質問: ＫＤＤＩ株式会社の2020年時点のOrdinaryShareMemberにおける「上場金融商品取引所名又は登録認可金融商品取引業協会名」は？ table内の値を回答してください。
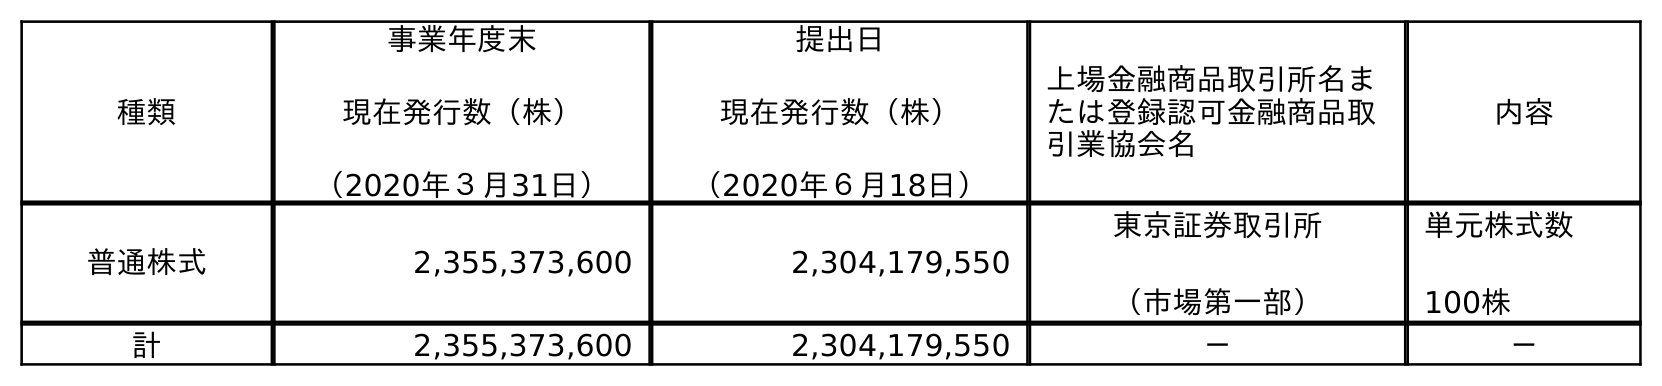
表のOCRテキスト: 種類 事業年度末 現在発行数（株） （2020年３月31日） 提出日 現在発行数（株） （2020年６月18日） 上場金融商品取引所名ま たは登録認可金融商品取 引業協会名 内容 普通株式 2,355,373,600 2,304,179,550 東京証券取引所 （市場第一部） 単元株式数 100株 計 2,355,373,600 2,304,179,550 － －
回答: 東京証券取引所（市場第一部）